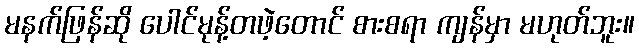
မနက်ဖြန်ဆို ပေါင်မုန့်တဖဲ့တောင် စားစရာ ကျန်မှာ မဟုတ်ဘူး။